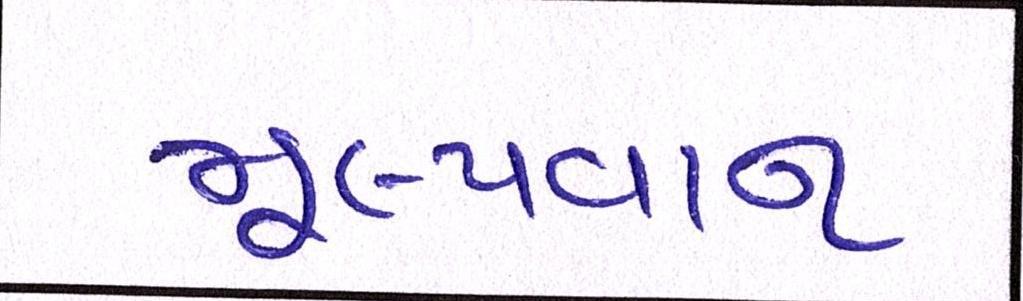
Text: મૂલ્યવાન